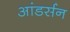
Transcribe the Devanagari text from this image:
आंडर्सन